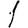
Digit: 1